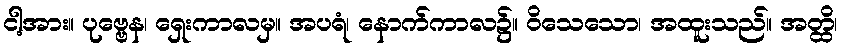
ငါ့အား။ ပုဗ္ဗေန၊ ရှေးကာလမှ။ အပရံ၊ နောက်ကာလ၌။ ဝိသေသော၊ အထူးသည်။ အတ္ထိ၊